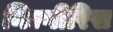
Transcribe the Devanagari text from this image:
निल्गीरिस